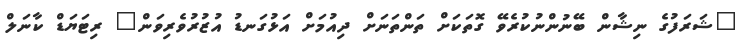
"ޝަރަފުގެ ނިޝާން ބޭނުންނުކުރެވޭ ގޮތަކަށް ތަންތަނަށް ދިއުމަށް އަޅުގަނޑު އުޒުރުވެރިވަން" ރިޓަޔަޑް ކާނަލް